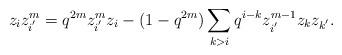
LaTeX: \begin{align*}z_iz_{i^{'}}^{m} = q^{2m}z_{i^{'}}^{m}z_i-(1-q^{2m})\sum_{k>i}q^{i-k}z_{i^{'}}^{m-1}z_kz_{k^{'}}.\end{align*}